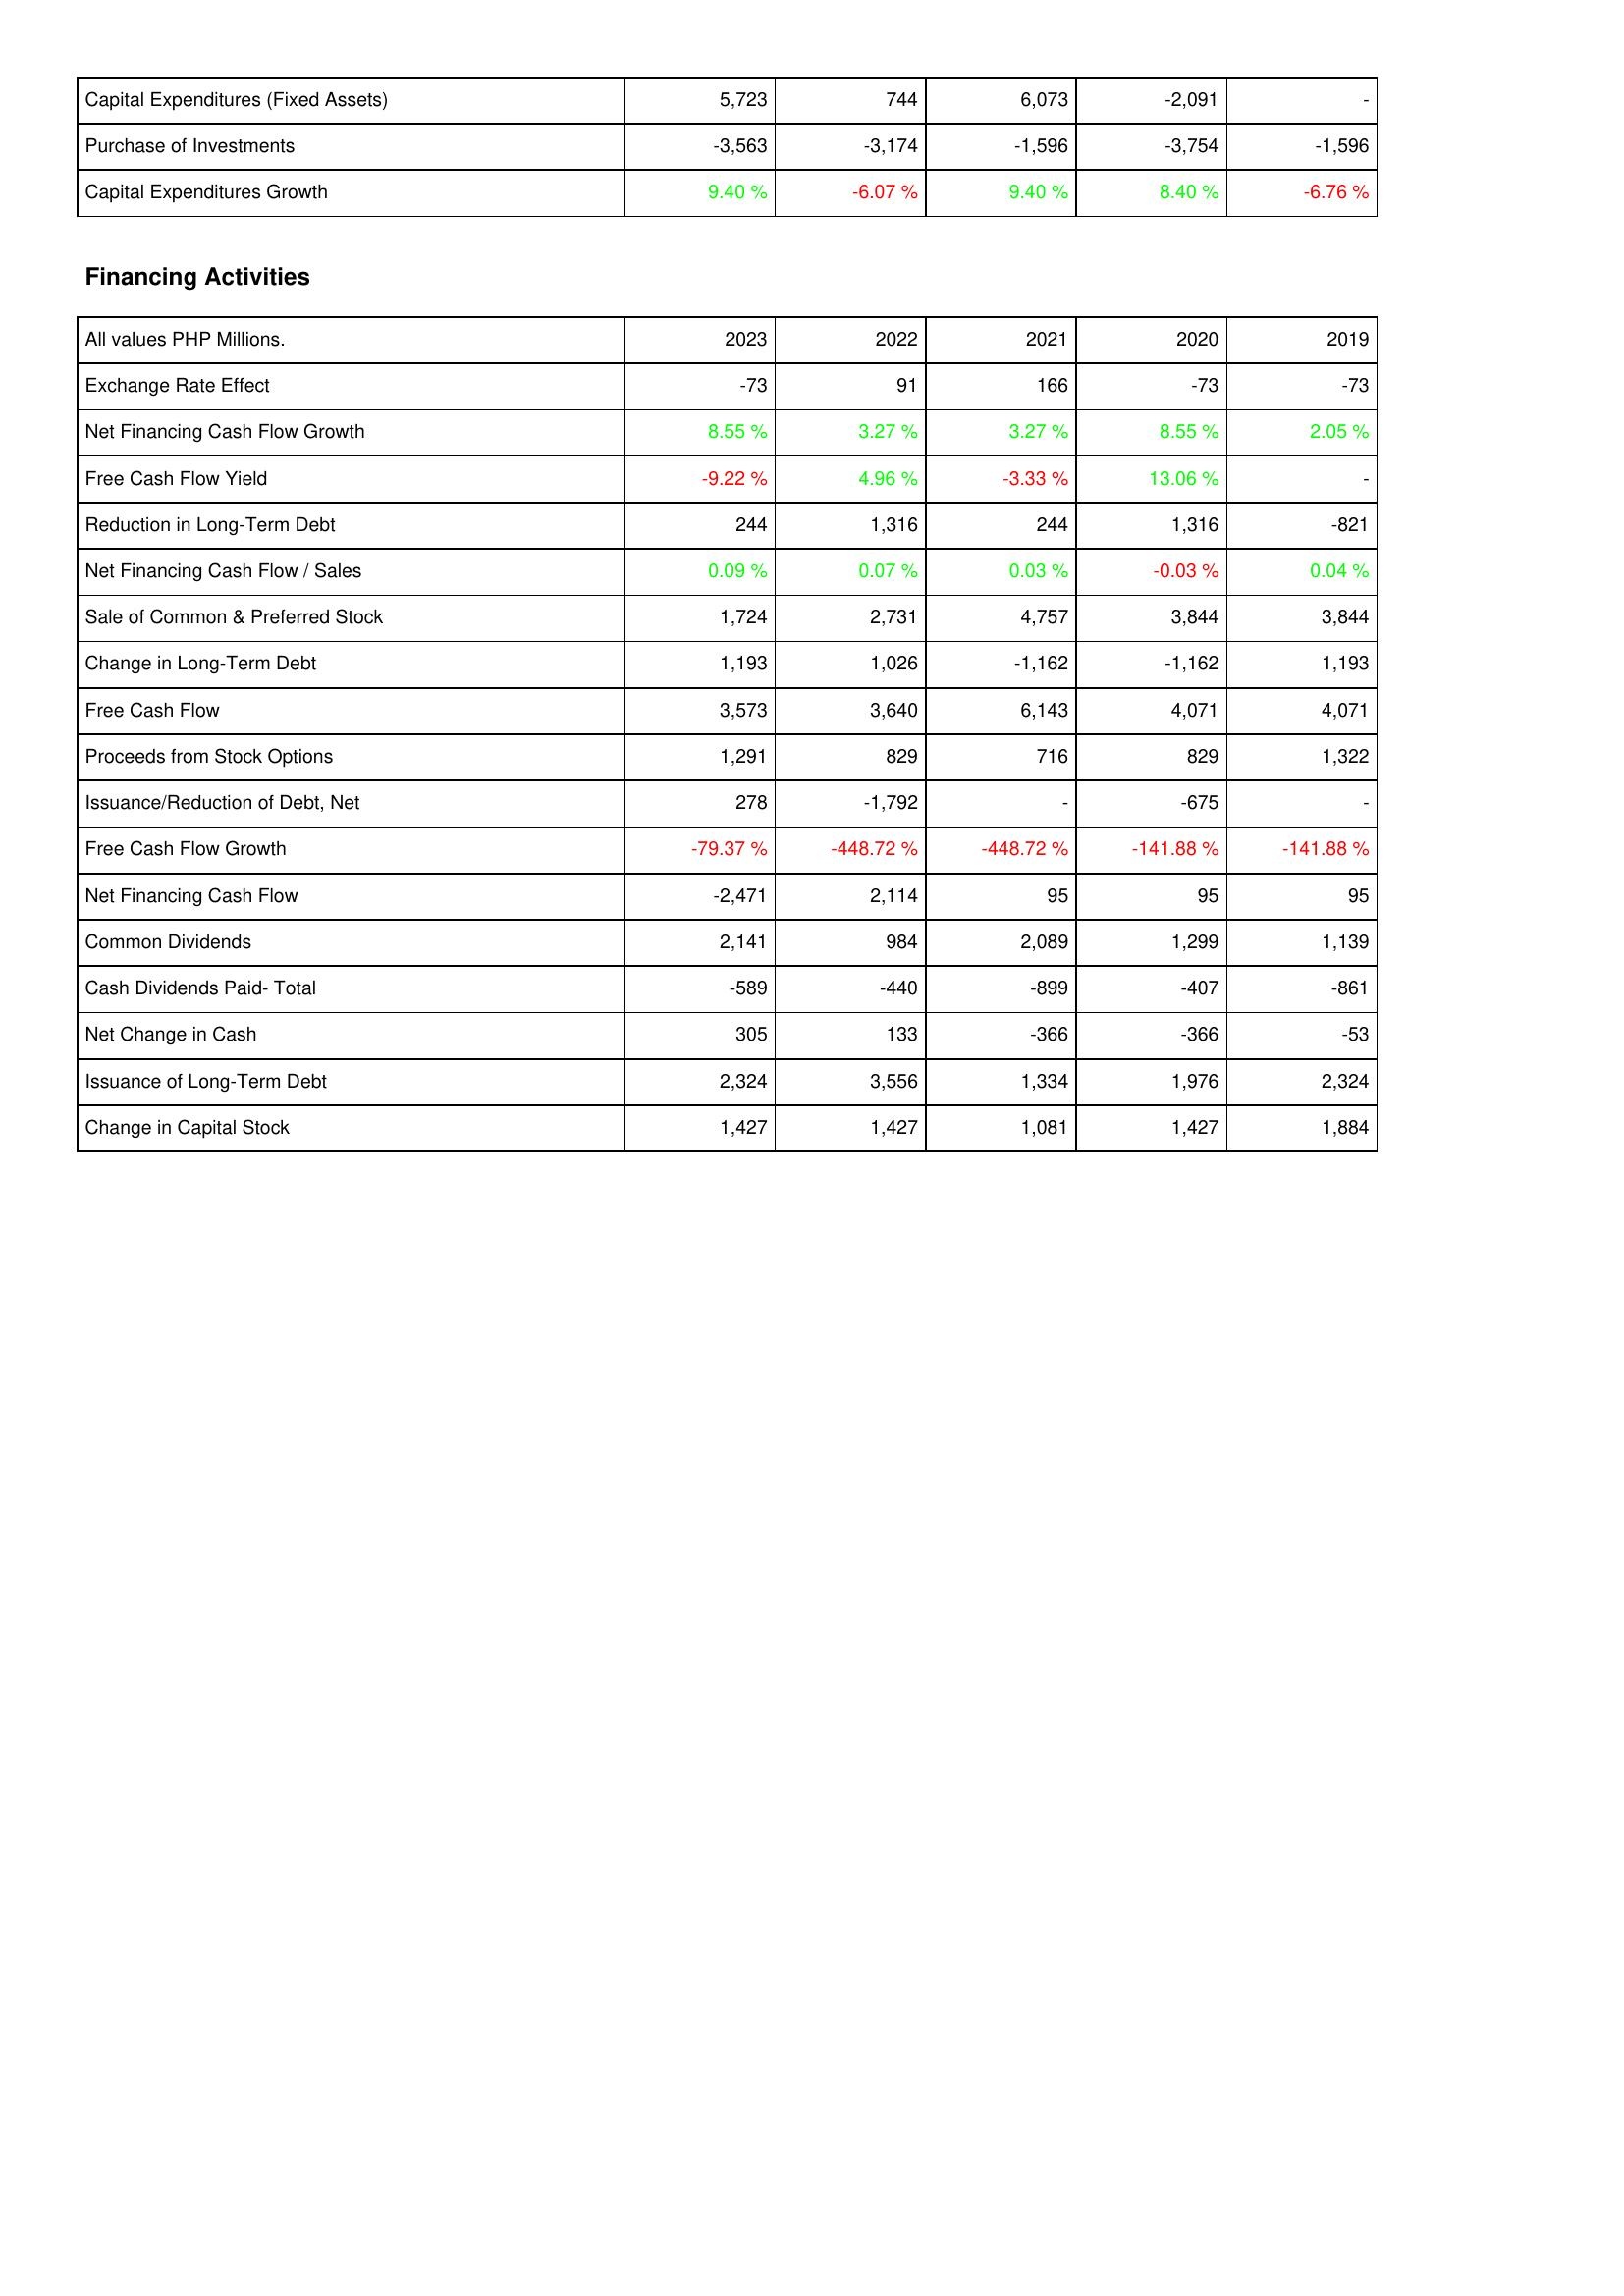
2023: Investing Activities: Capital Expenditures (Fixed Assets): 5,723
Purchase of Investments: -3,563
Capital Expenditures Growth: 9.40 %
Financing Activities: Exchange Rate Effect: -73
Net Financing Cash Flow Growth: 8.55 %
Free Cash Flow Yield: -9.22 %
Reduction in Long-Term Debt: 244
Net Financing Cash Flow / Sales: 0.09 %
Sale of Common & Preferred Stock: 1,724
Change in Long-Term Debt: 1,193
Free Cash Flow: 3,573
Proceeds from Stock Options: 1,291
Issuance/Reduction of Debt, Net: 278
Free Cash Flow Growth: -79.37 %
Net Financing Cash Flow: -2,471
Common Dividends: 2,141
Cash Dividends Paid- Total: -589
Net Change in Cash: 305
Issuance of Long-Term Debt: 2,324
Change in Capital Stock: 1,427
2022: Investing Activities: Capital Expenditures (Fixed Assets): 744
Purchase of Investments: -3,174
Capital Expenditures Growth: -6.07 %
Financing Activities: Exchange Rate Effect: 91
Net Financing Cash Flow Growth: 3.27 %
Free Cash Flow Yield: 4.96 %
Reduction in Long-Term Debt: 1,316
Net Financing Cash Flow / Sales: 0.07 %
Sale of Common & Preferred Stock: 2,731
Change in Long-Term Debt: 1,026
Free Cash Flow: 3,640
Proceeds from Stock Options: 829
Issuance/Reduction of Debt, Net: -1,792
Free Cash Flow Growth: -448.72 %
Net Financing Cash Flow: 2,114
Common Dividends: 984
Cash Dividends Paid- Total: -440
Net Change in Cash: 133
Issuance of Long-Term Debt: 3,556
Change in Capital Stock: 1,427
2021: Investing Activities: Capital Expenditures (Fixed Assets): 6,073
Purchase of Investments: -1,596
Capital Expenditures Growth: 9.40 %
Financing Activities: Exchange Rate Effect: 166
Net Financing Cash Flow Growth: 3.27 %
Free Cash Flow Yield: -3.33 %
Reduction in Long-Term Debt: 244
Net Financing Cash Flow / Sales: 0.03 %
Sale of Common & Preferred Stock: 4,757
Change in Long-Term Debt: -1,162
Free Cash Flow: 6,143
Proceeds from Stock Options: 716
Issuance/Reduction of Debt, Net: -
Free Cash Flow Growth: -448.72 %
Net Financing Cash Flow: 95
Common Dividends: 2,089
Cash Dividends Paid- Total: -899
Net Change in Cash: -366
Issuance of Long-Term Debt: 1,334
Change in Capital Stock: 1,081
2020: Investing Activities: Capital Expenditures (Fixed Assets): -2,091
Purchase of Investments: -3,754
Capital Expenditures Growth: 8.40 %
Financing Activities: Exchange Rate Effect: -73
Net Financing Cash Flow Growth: 8.55 %
Free Cash Flow Yield: 13.06 %
Reduction in Long-Term Debt: 1,316
Net Financing Cash Flow / Sales: -0.03 %
Sale of Common & Preferred Stock: 3,844
Change in Long-Term Debt: -1,162
Free Cash Flow: 4,071
Proceeds from Stock Options: 829
Issuance/Reduction of Debt, Net: -675
Free Cash Flow Growth: -141.88 %
Net Financing Cash Flow: 95
Common Dividends: 1,299
Cash Dividends Paid- Total: -407
Net Change in Cash: -366
Issuance of Long-Term Debt: 1,976
Change in Capital Stock: 1,427
2019: Investing Activities: Capital Expenditures (Fixed Assets): -
Purchase of Investments: -1,596
Capital Expenditures Growth: -6.76 %
Financing Activities: Exchange Rate Effect: -73
Net Financing Cash Flow Growth: 2.05 %
Free Cash Flow Yield: -
Reduction in Long-Term Debt: -821
Net Financing Cash Flow / Sales: 0.04 %
Sale of Common & Preferred Stock: 3,844
Change in Long-Term Debt: 1,193
Free Cash Flow: 4,071
Proceeds from Stock Options: 1,322
Issuance/Reduction of Debt, Net: -
Free Cash Flow Growth: -141.88 %
Net Financing Cash Flow: 95
Common Dividends: 1,139
Cash Dividends Paid- Total: -861
Net Change in Cash: -53
Issuance of Long-Term Debt: 2,324
Change in Capital Stock: 1,884